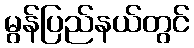
မွန်ပြည်နယ်တွင်